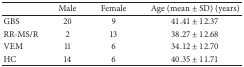
|  | Male | Female | Age (mean ± SD) (years) |
 | --- | --- | --- | --- |
 | GBS | 20 | 9 | 41.41 ± 12.37 |
 | RR-MS/R | 2 | 13 | 38.27 ± 12.68 |
 | VEM | 11 | 6 | 34.12 ± 12.70 |
 | HC | 14 | 6 | 40.35 ± 11.71 |